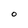
Character: O